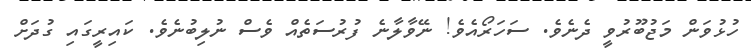
ހުޅުވަން މަޖުބޫރުވީ ދެނެވެ. ސަހަރޯއެވެ! ނޭވާލާނެ ފުރުސަތެއް ވެސް ނުލިބުނެވެ. ކައިރީގައި ގުދަށް